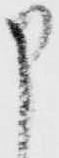
申